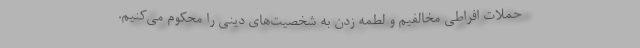
حملات افراطی مخالفیم و لطمه زدن به شخصیت‌های دینی را محکوم می‌کنیم.